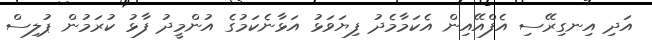
އަދި އިނގިރޭސި އެފްއޭއިން އެކަމާމެދު ފިޔަވަޅު އަޅާނެކަމުގެ އުންމީދު ފާޅު ކުރަމުން ޕުލިސް